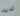
لذيذ